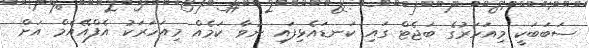
ސަބަބަކީ މިއަހަރުގެ ބަޖެޓް ގައި ކަނޑައެޅިފައި ނުވާ ކަމެއް މިއަހަރަކު އެފްއޭއެމް އަށް